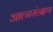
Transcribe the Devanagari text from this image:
आत्मसंरक्षण